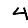
Digit: 4